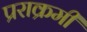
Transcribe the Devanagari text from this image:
प्रराक्रमी